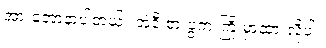
အားတော့နာပါတယ်။ အဲဒီ စားပွဲက ကြို မှာထားလို့ပါ။